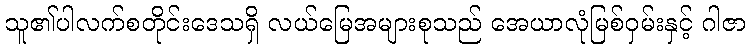
သူ၏ပါလက်စတိုင်းဒေသရှိ လယ်မြေအများစုသည် အေယာလုံမြစ်ဝှမ်းနှင့် ဂါဇာ